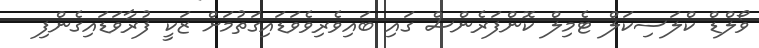
ވޯލްޑް ކްލަސިކަލް ޓެމިލް ކޮންފަރެންސް ގައި ބައިވެރިވެވަޑައިގަތުމަށް ޒަކީ ފުރާވަޑައިގެންފި